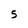
Character: 5